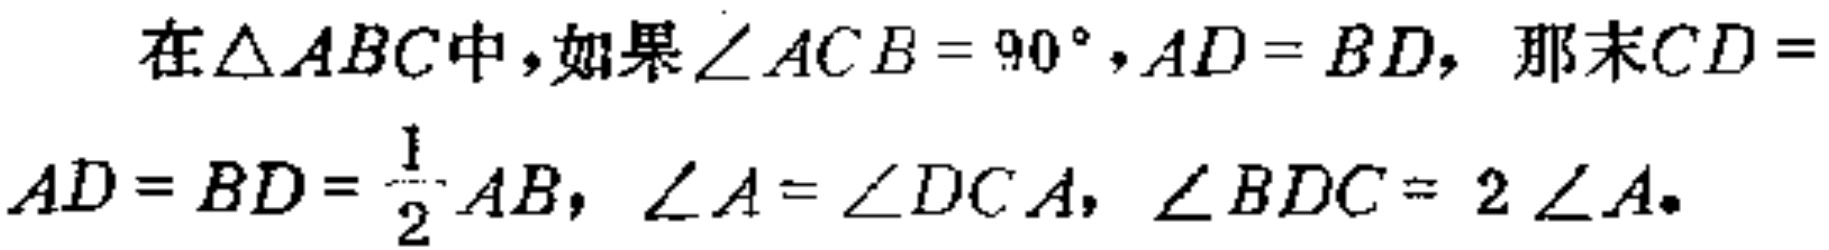
在\(\triangle ABC\)中，如果\(\angle ACB = 90^{\circ}, AD = BD\)，那末\(CD = AD = BD = \frac{1}{2}AB\)，\(\angle A = \angle DCA\)，\(\angle BDC = 2\angle A\)。